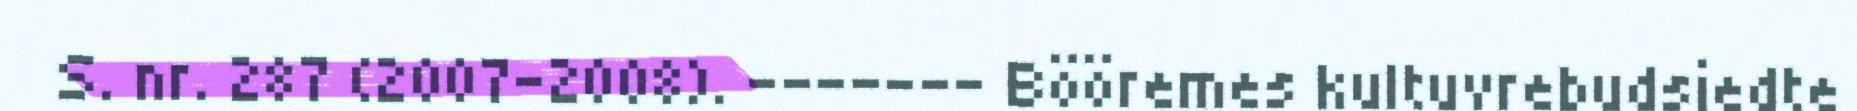
S. nr. 287 (2007–2008). ------- Bööremes kultuvrebudsjedte